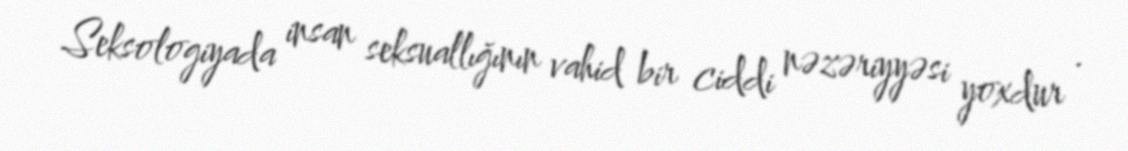
Seksologiyada insan seksuallığının vahid bir ciddi nəzəriyyəsi yoxdur .